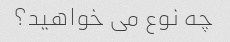
چه نوع می خواهید؟